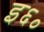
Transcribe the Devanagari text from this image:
इ६०